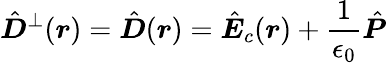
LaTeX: \hat{\boldsymbol D}^{\perp}(\boldsymbol r)=\hat{\boldsymbol D}(\boldsymbol r)=\hat{\boldsymbol E}_{c}(\boldsymbol r)+\frac{1}{\epsilon_{0}}\hat{\boldsymbol P}